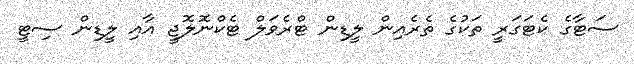
ސަޓާގެ ކެޓަގަރީ ތަކުގެ ތެރެއިން ލީޑިން ޓްރެވަލް ޓެކްނޮލޮޖީ އާއި ލީޑިން ސިޓީ